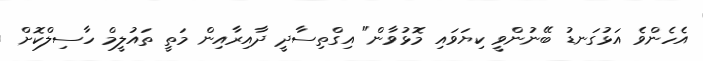
އެހެންވެ އަޅުގަނޑު ބޭނުންވީ ކިޔަވައި މޮޅުވާން" އިގްތިސާދީ ދާއިރާއިން މަތީ ތައުލީމް ހާސިލްކޮށް